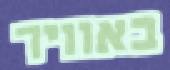
באוויר